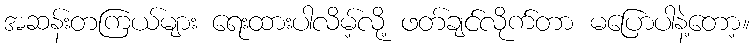
အဆန်းတကြယ်များ ရေးထားပါလိမ့်လို့ ဖတ်ချင်လိုက်တာ မပြောပါနဲ့တော့။